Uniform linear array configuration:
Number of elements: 64
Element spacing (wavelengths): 1
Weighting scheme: blackman
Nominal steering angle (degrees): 15
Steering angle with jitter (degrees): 13.628
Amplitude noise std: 0.05
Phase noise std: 0.05

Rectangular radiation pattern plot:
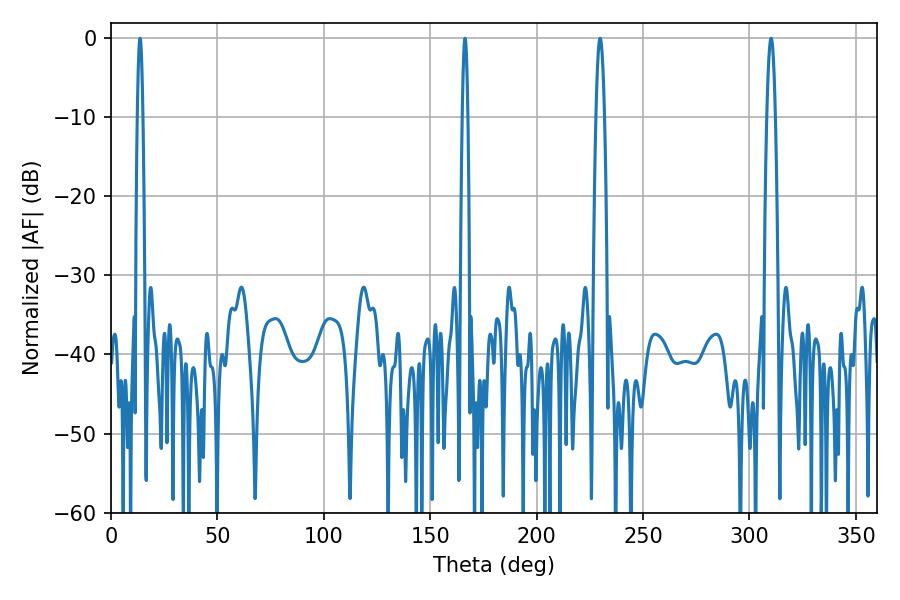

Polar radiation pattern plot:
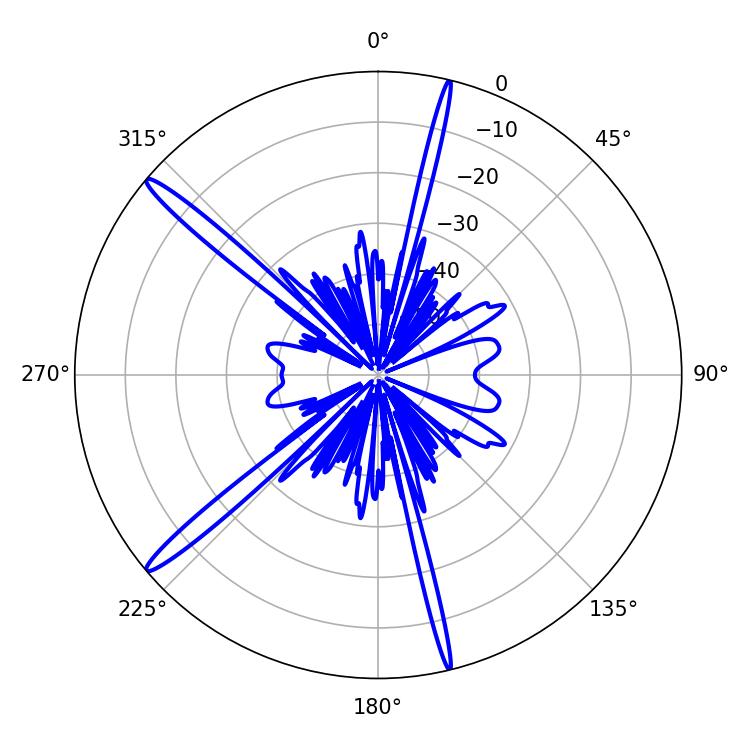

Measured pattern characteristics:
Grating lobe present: TRUE
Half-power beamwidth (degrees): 2.16
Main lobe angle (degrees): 229.86